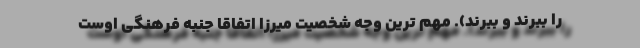
را ببُرند و ببرند). مهم ترین وجه شخصیت میرزا اتفاقا جنبه فرهنگی اوست